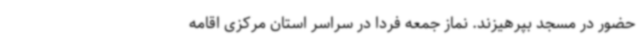
حضور در مسجد بپرهیزند. نماز جمعه فردا در سراسر استان مرکزی اقامه